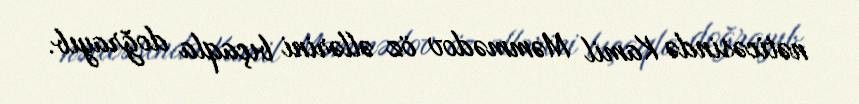
nəticəsində Kamil Məmmədov öz əllərini bıçaqla doğrayıb.